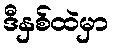
ဒီနှစ်ထဲမှာ